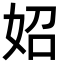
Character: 妱